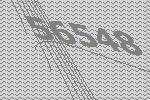
56548